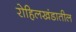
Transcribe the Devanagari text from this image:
रोहिलखंडातील